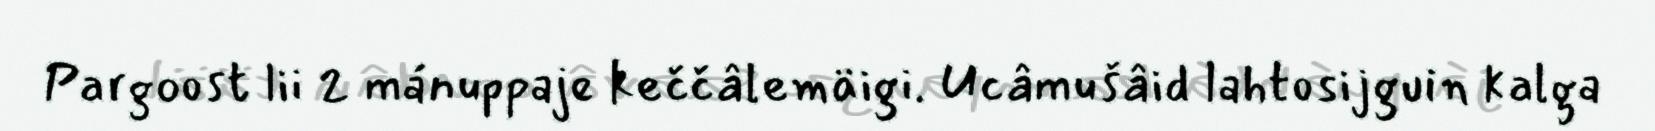
Pargoost lii 2 mánuppaje keččâlemäigi. Ucâmušâid lahtosijguin kalga